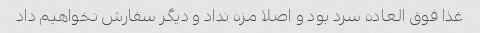
غذا فوق العاده سرد بود و اصلا مزه نداد و دیگر سفارش نخواهیم داد